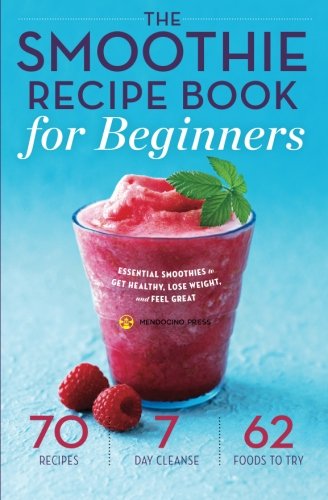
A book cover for Smoothie Recipe Book for Beginners: Essential Smoothies to Get Healthy, Lose Weight, and Feel Great; Mendocino Press; Cookbooks, Food & Wine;